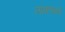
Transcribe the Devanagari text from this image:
लाकडाने